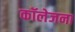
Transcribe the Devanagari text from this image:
कॉलेजना